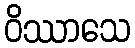
ဝိဿာသေ